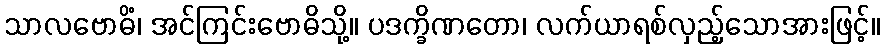
သာလဗောဓိံ၊ အင်ကြင်းဗောဓိသို့။ ပဒက္ခိဏတော၊ လက်ယာရစ်လှည့်သောအားဖြင့်။